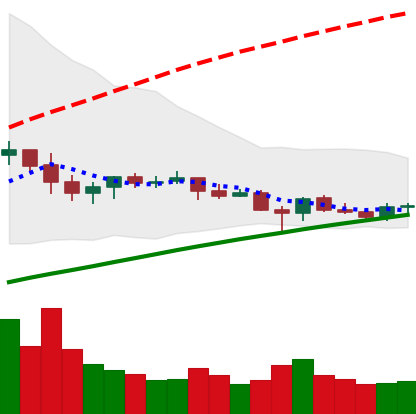
Ticker: ETC-USD
Chart end date: 2021-06-14
Forward return: -13.538%
Label: down_7plus